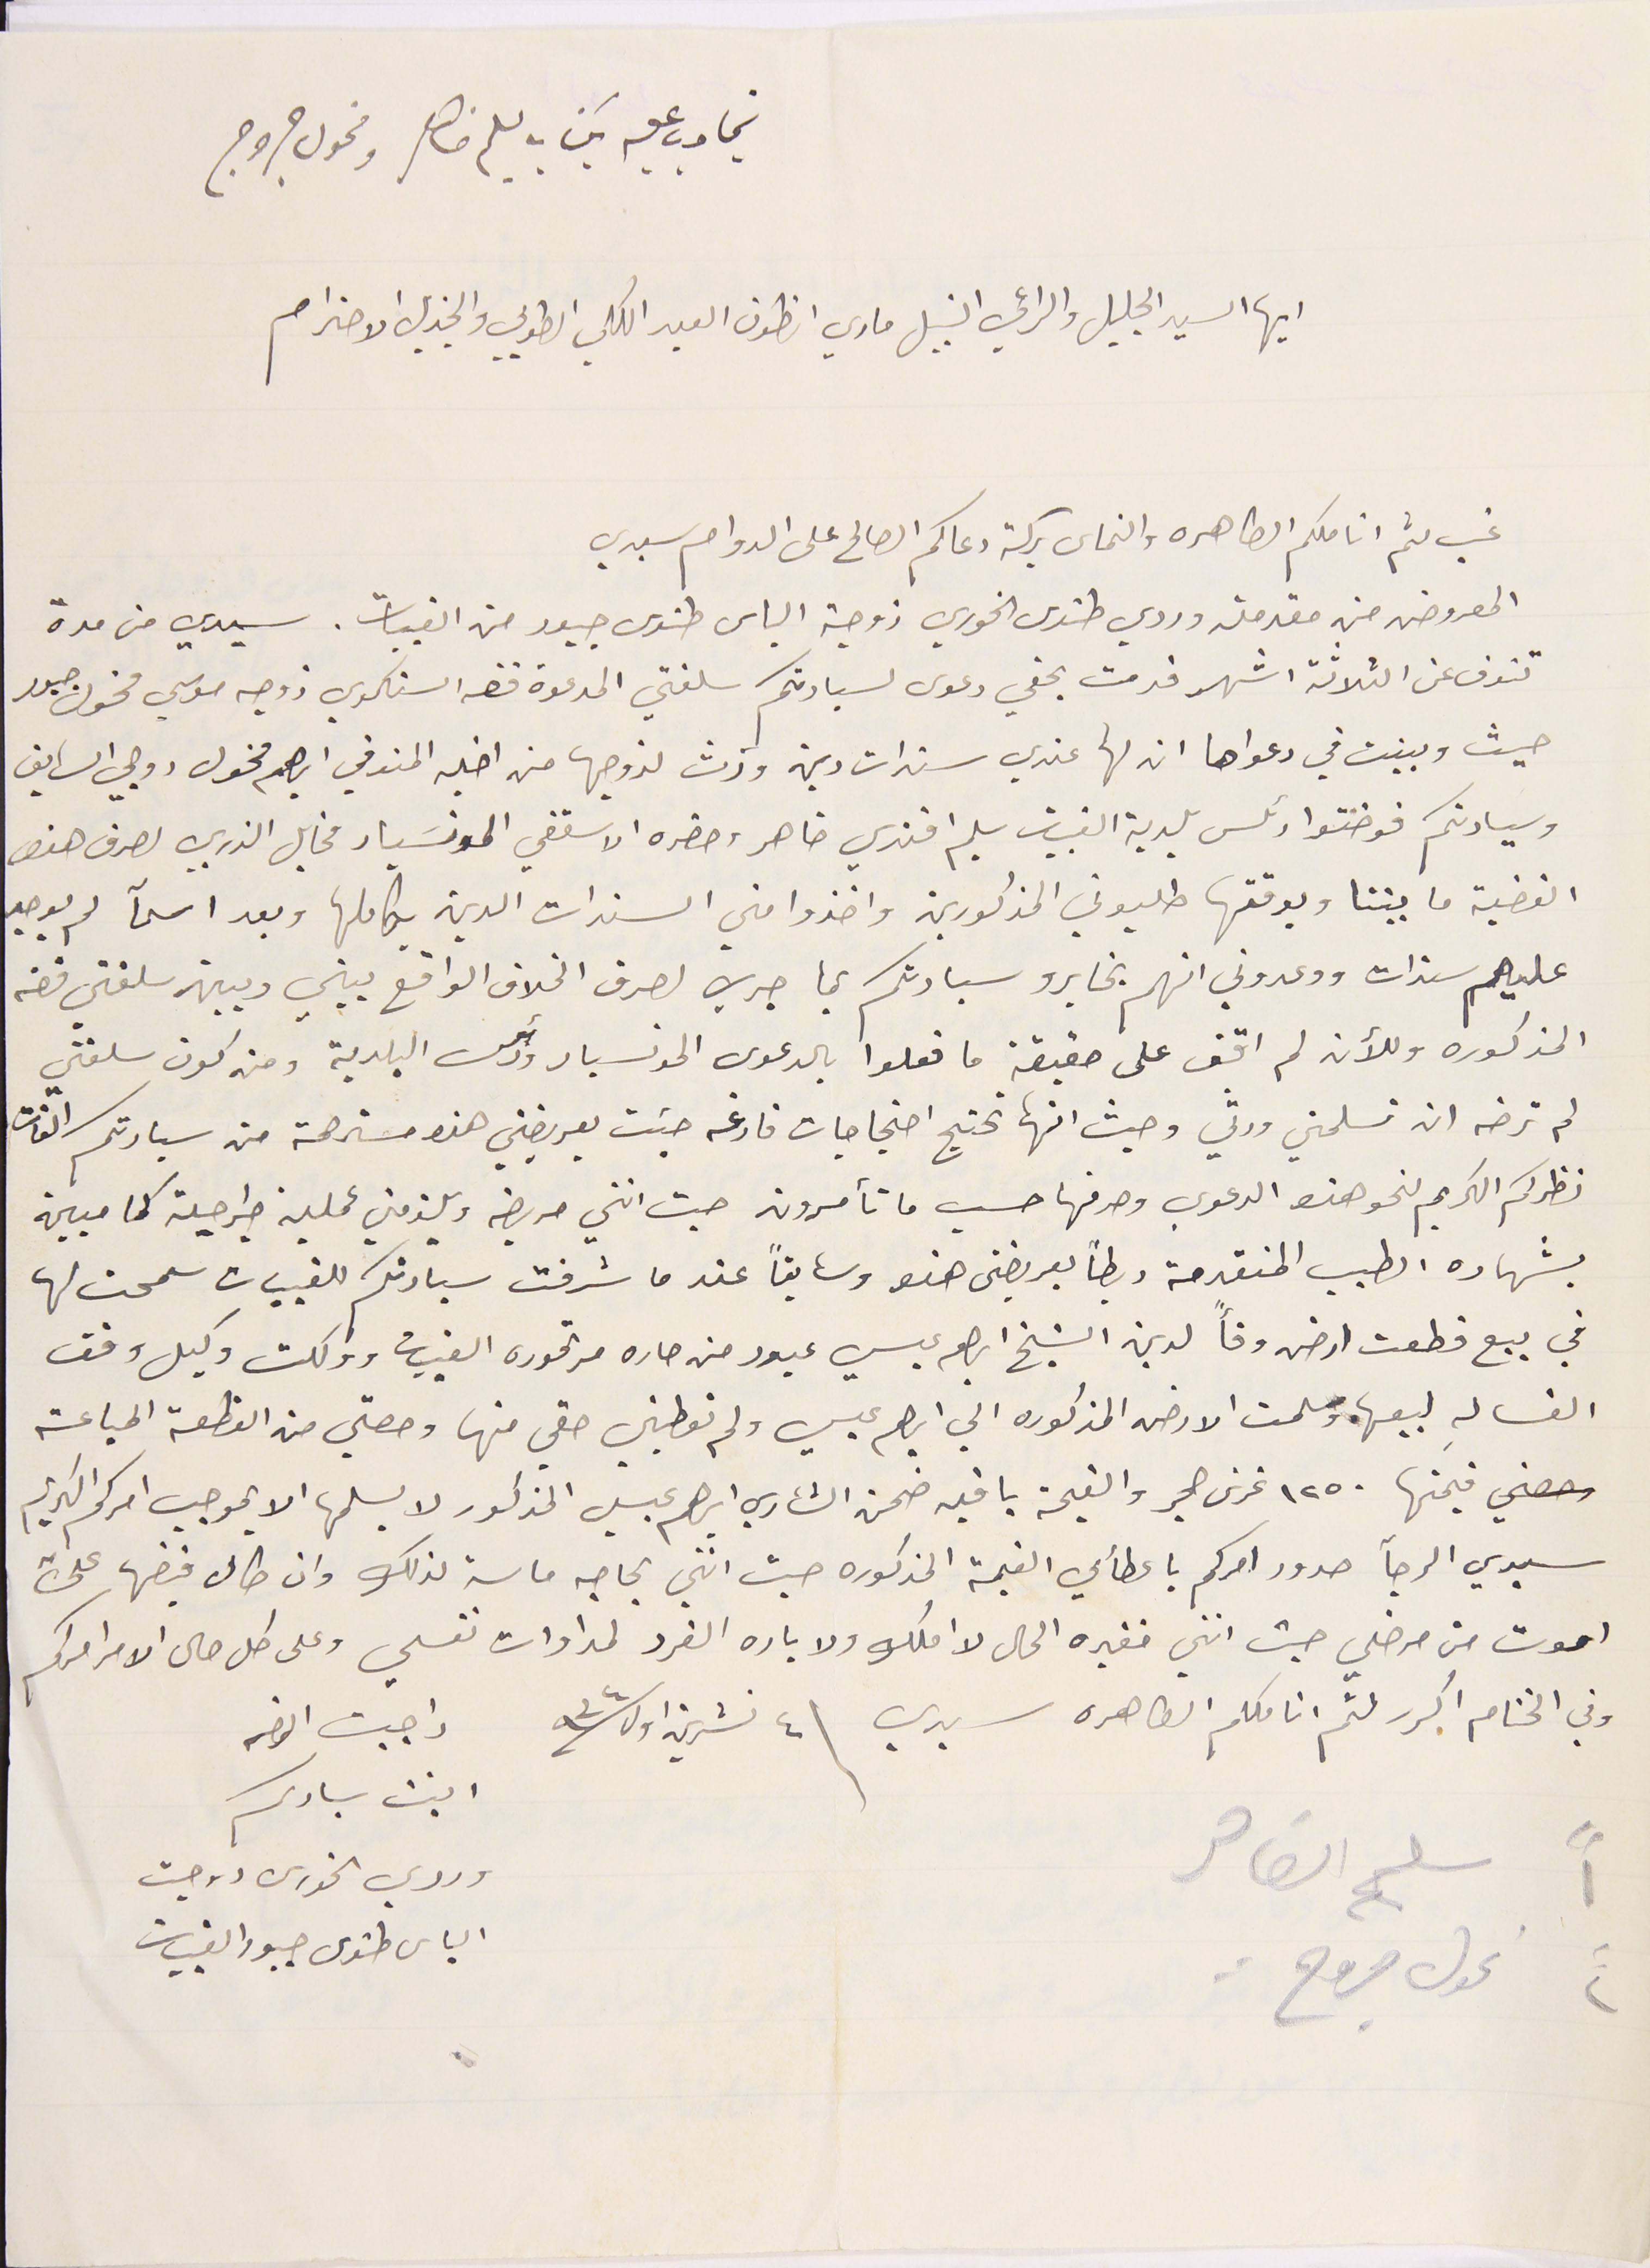
تجاوب عليه بكتاب سليم ضاهر ومخول جروج
ايها السيد الجليل والراعي النبيل ماري انطون العبد الكلي الطوبي والجزيل الاحترام
غب لثم اناملكم الطاهره والتماس بركة دعاكم الصالح على الدوام سيدي
المعروض من مقدمته وردي طنوس الخوري زوجة الياس طنوس جبور من القبيات. سيدي من مدة
تنوف عن الثلاثة اشهر قدمت بحقي دعوى لسيادتكم سلفتي المدعوة فضه السنكري زوجه موسي مخول جبور
حيث وبينت في دعواها ان لها عندي سندات دين وأرث لزوجها من اخيه المتوفي ابراهيم مخول روجي السابق
وسيادتكم فوضتوا رئىس بلدية القبيات سليم افندي ضاهر وحضره الاسقفي المونسَيار مخايل الذربي لصرف هذه
القضية ما بيننا وبوقتها طلبوني المذكورين واخذوا مني السندات الدين بكاملها وبعد اسمآ لم يوجد
عليهم سندات ووعدوني انهم يخابرو سيادتكم بما جري لصرف الخلاف الواقع بيني وبين سلفتي فضه
المذكوره وللآن لم اقف على حقيقة ما فعلوا بالدعوى المونسيار ورئيس البلدية ومن كون سلفتي
لم ترضه ان تسلمني ورثي وحيث انها تحتج احتجاجات فارغه جئت بعريضتي هذه مسترحمة من سيادتكم الفات
نظركم الكريم لنحو هذه الدعوي وصرفها حسب ما تأمرون حيث انني مريضه ويلزمني عملية جراحية كما مبين
بشهاده الطبىب المنقدمة ربطاً بعريضتى هذه وسابقاً عندما شرفت سيادتكم للقبيات سمحت لها
في بيع قطعت ارض وفأً لدين الشيخ ابراهىم عيسي عبود من حاره مرتموره القبيات واوكلت وكيل وقف
الغساله لبيعها. وسلمت الارض المذكوره الي ابراهيم عيسي ولم تعطيني حقي منها وحصتي من القطعة المباعة
قيمتها ١٢٥٠ غرش حجر والقيمة باقيه ضمن الشاري إبراهىم عيسي المذكور لا يسلمها الا بموجب امركم الكريم
سيدي الرجآ صدور امركم باعطائي القيمة المذكوره حيث انني بحاجه ماسه لذلك وان طال قبضها علي
اموت من مرضي حيث انني فقيره الحال لا املك ولا باره الفرد لمداوات نفسي وعلى كل حال الامر امركم
وفي الختام اكرر لثم اناملكم الطاهره سيدي \ ٤ تشرين اول سنة ٩٣٤
ابنت سيادىكم
وردي الخورى زوجت
١" سليم الضاهر
الياس طنوس جبور القبيات
٢" نحول جروح
واجبت الرضه